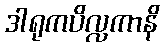
ဒါရုကပိလ္လကာနိ